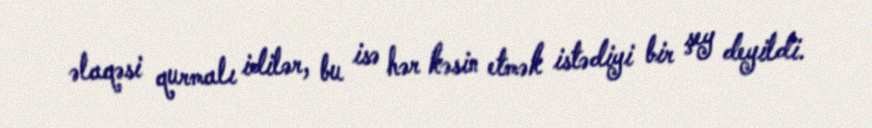
əlaqəsi qurmalı idilər, bu isə hər kəsin etmək istədiyi bir şey deyildi.